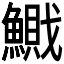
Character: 𱆽